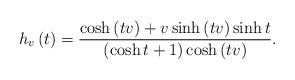
LaTeX: \begin{align*}h_{v}\left( t\right) =\frac{\cosh \left( tv\right) +v\sinh \left( tv\right)\sinh t}{\left( \cosh t+1\right) \cosh \left( tv\right) }. \end{align*}